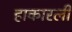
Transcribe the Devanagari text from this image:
हाकारली